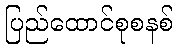
ပြည်ထောင်စုစနစ်